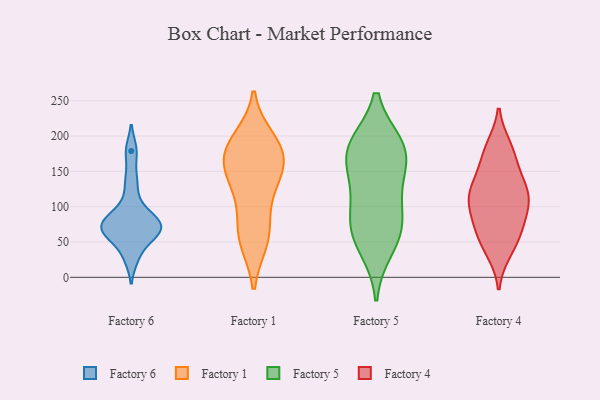
{"axis": {"x": "Website Visitors", "y": "Value"}, "legend": ["Factory 1", "Factory 4", "Factory 5", "Factory 6"], "data": [{"x": "", "y": 61, "type": "Factory 6"}, {"x": "", "y": 68, "type": "Factory 6"}, {"x": "", "y": 98, "type": "Factory 6"}, {"x": "", "y": 76, "type": "Factory 6"}, {"x": "", "y": 57, "type": "Factory 6"}, {"x": "", "y": 78, "type": "Factory 6"}, {"x": "", "y": 28, "type": "Factory 6"}, {"x": "", "y": 135, "type": "Factory 6"}, {"x": "", "y": 76, "type": "Factory 6"}, {"x": "", "y": 179, "type": "Factory 6"}, {"x": "", "y": 140, "type": "Factory 1"}, {"x": "", "y": 142, "type": "Factory 1"}, {"x": "", "y": 195, "type": "Factory 1"}, {"x": "", "y": 170, "type": "Factory 1"}, {"x": "", "y": 53, "type": "Factory 1"}, {"x": "", "y": 186, "type": "Factory 1"}, {"x": "", "y": 177, "type": "Factory 1"}, {"x": "", "y": 103, "type": "Factory 1"}, {"x": "", "y": 67, "type": "Factory 1"}, {"x": "", "y": 52, "type": "Factory 1"}, {"x": "", "y": 145, "type": "Factory 1"}, {"x": "", "y": 180, "type": "Factory 1"}, {"x": "", "y": 68, "type": "Factory 5"}, {"x": "", "y": 121, "type": "Factory 5"}, {"x": "", "y": 182, "type": "Factory 5"}, {"x": "", "y": 182, "type": "Factory 5"}, {"x": "", "y": 176, "type": "Factory 5"}, {"x": "", "y": 186, "type": "Factory 5"}, {"x": "", "y": 70, "type": "Factory 5"}, {"x": "", "y": 82, "type": "Factory 5"}, {"x": "", "y": 42, "type": "Factory 5"}, {"x": "", "y": 141, "type": "Factory 5"}, {"x": "", "y": 83, "type": "Factory 4"}, {"x": "", "y": 176, "type": "Factory 4"}, {"x": "", "y": 38, "type": "Factory 4"}, {"x": "", "y": 66, "type": "Factory 4"}, {"x": "", "y": 178, "type": "Factory 4"}, {"x": "", "y": 122, "type": "Factory 4"}, {"x": "", "y": 61, "type": "Factory 4"}, {"x": "", "y": 119, "type": "Factory 4"}, {"x": "", "y": 72, "type": "Factory 4"}, {"x": "", "y": 103, "type": "Factory 4"}, {"x": "", "y": 42, "type": "Factory 4"}, {"x": "", "y": 113, "type": "Factory 4"}, {"x": "", "y": 139, "type": "Factory 4"}, {"x": "", "y": 148, "type": "Factory 4"}, {"x": "", "y": 184, "type": "Factory 4"}, {"x": "", "y": 110, "type": "Factory 4"}, {"x": "", "y": 110, "type": "Factory 4"}]}